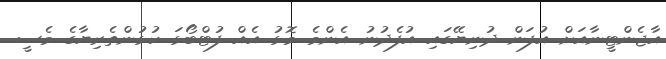
އާޖެންޓީނާއަށް އުފަން ދުނިޔޭގައި އުފެދުނު އެންމެ މޮޅު އެއް ފުޓްބޯޅަ ކުޅުންތެރިޔާގެ މެސީ